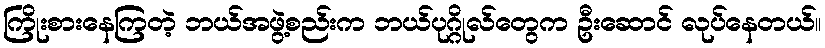
ကြိုးစားနေကြတဲ့ ဘယ်အဖွဲ့စည်းက ဘယ်ပုဂ္ဂိုလ်တွေက ဦးဆောင် လုပ်နေတယ်။